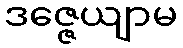
ဒဇ္ဇေယျာမ